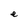
Character: e